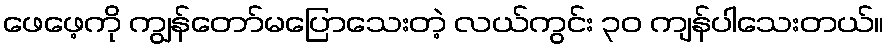
ဖေဖေ့ကို ကျွန်တော်မပြောသေးတဲ့ လယ်ကွင်း ၃၀ ကျန်ပါသေးတယ်။